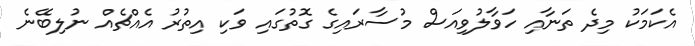
އެކަމަކު މިދެ ތަނާއި ހަވާލުވިއަސް މުސާރައިގެ ގޮތުގައި ވަކި އިތުރު އެއްޗެއް ނުލިބޭނެ